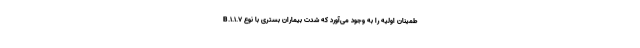
طمینان اولیه را به وجود می‌آورد که شدت بیماران بستری با نوع B.۱.۱.۷